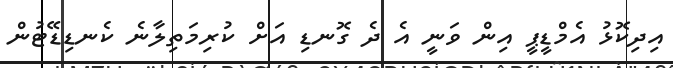
އިދިކޮޅު އެމްޑީޕީ އިން ވަނީ އެ ދެ ގޮނޑި އަށް ކުރިމަތިލާނެ ކެނޑިޑޭޓުން